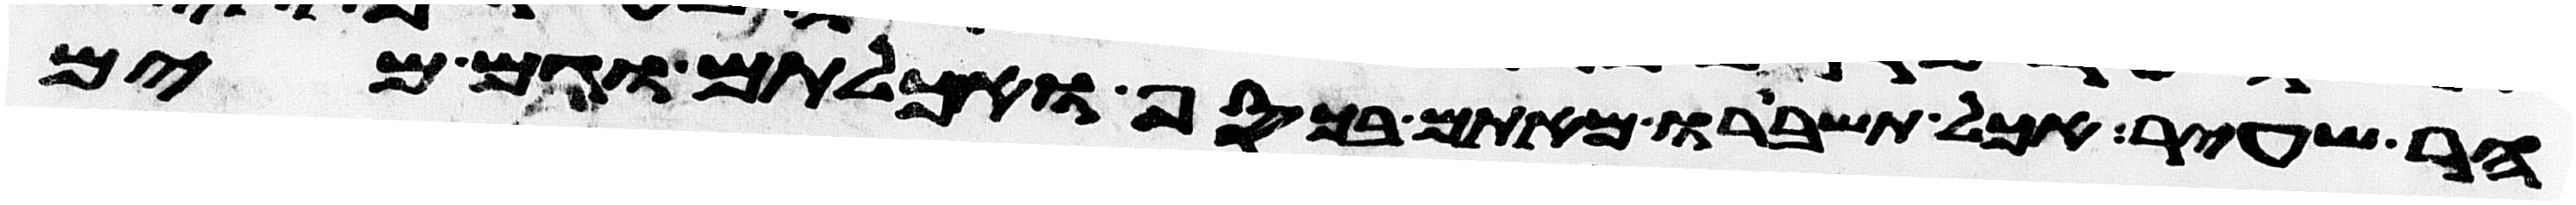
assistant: הר שעיר אכל תשברו מאתם בכסף ואכלתם וגם מים